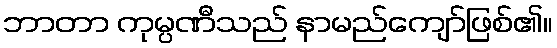
ဘာတာ ကုမ္ပဏီသည် နာမည်ကျော်ဖြစ်၏။